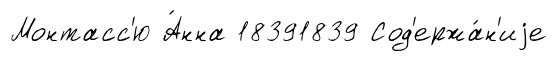
Монтасс'ю А́нна 18391839 Сод'ержа́н'иjе